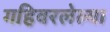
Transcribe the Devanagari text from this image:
गहिवरलेल्या